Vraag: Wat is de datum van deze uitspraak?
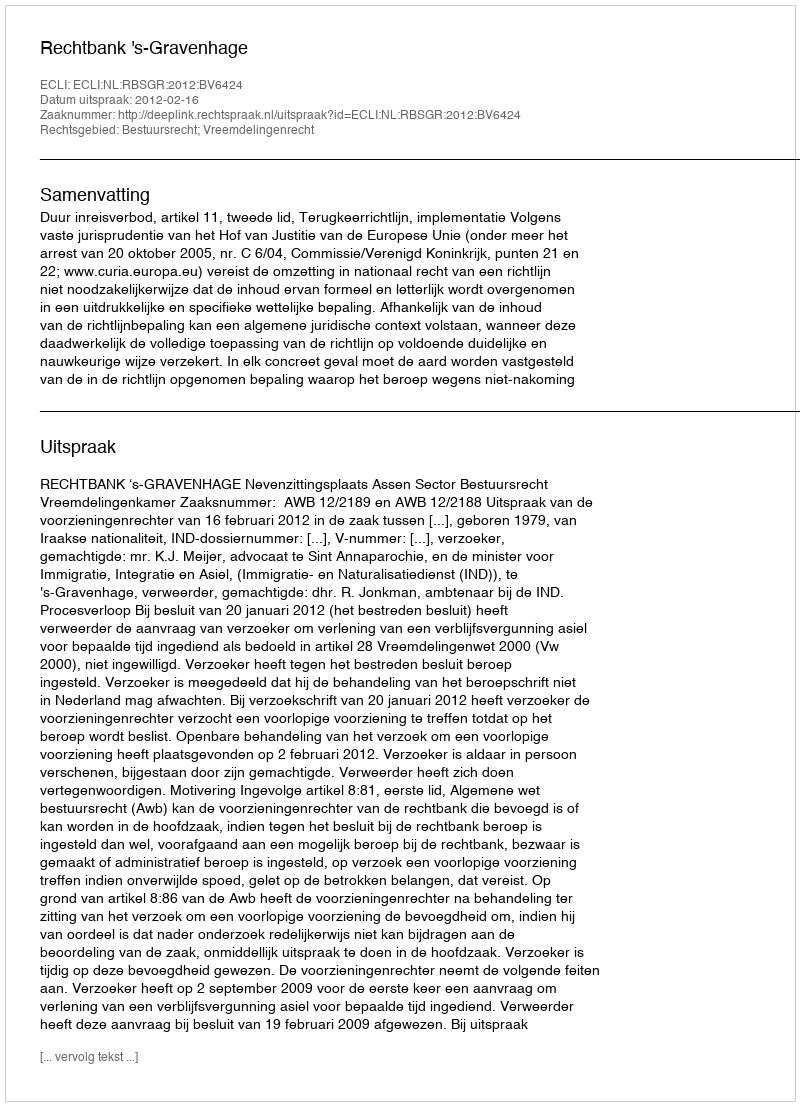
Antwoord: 2012-02-16